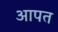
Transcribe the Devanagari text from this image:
आपत